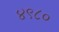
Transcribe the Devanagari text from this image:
४९८०